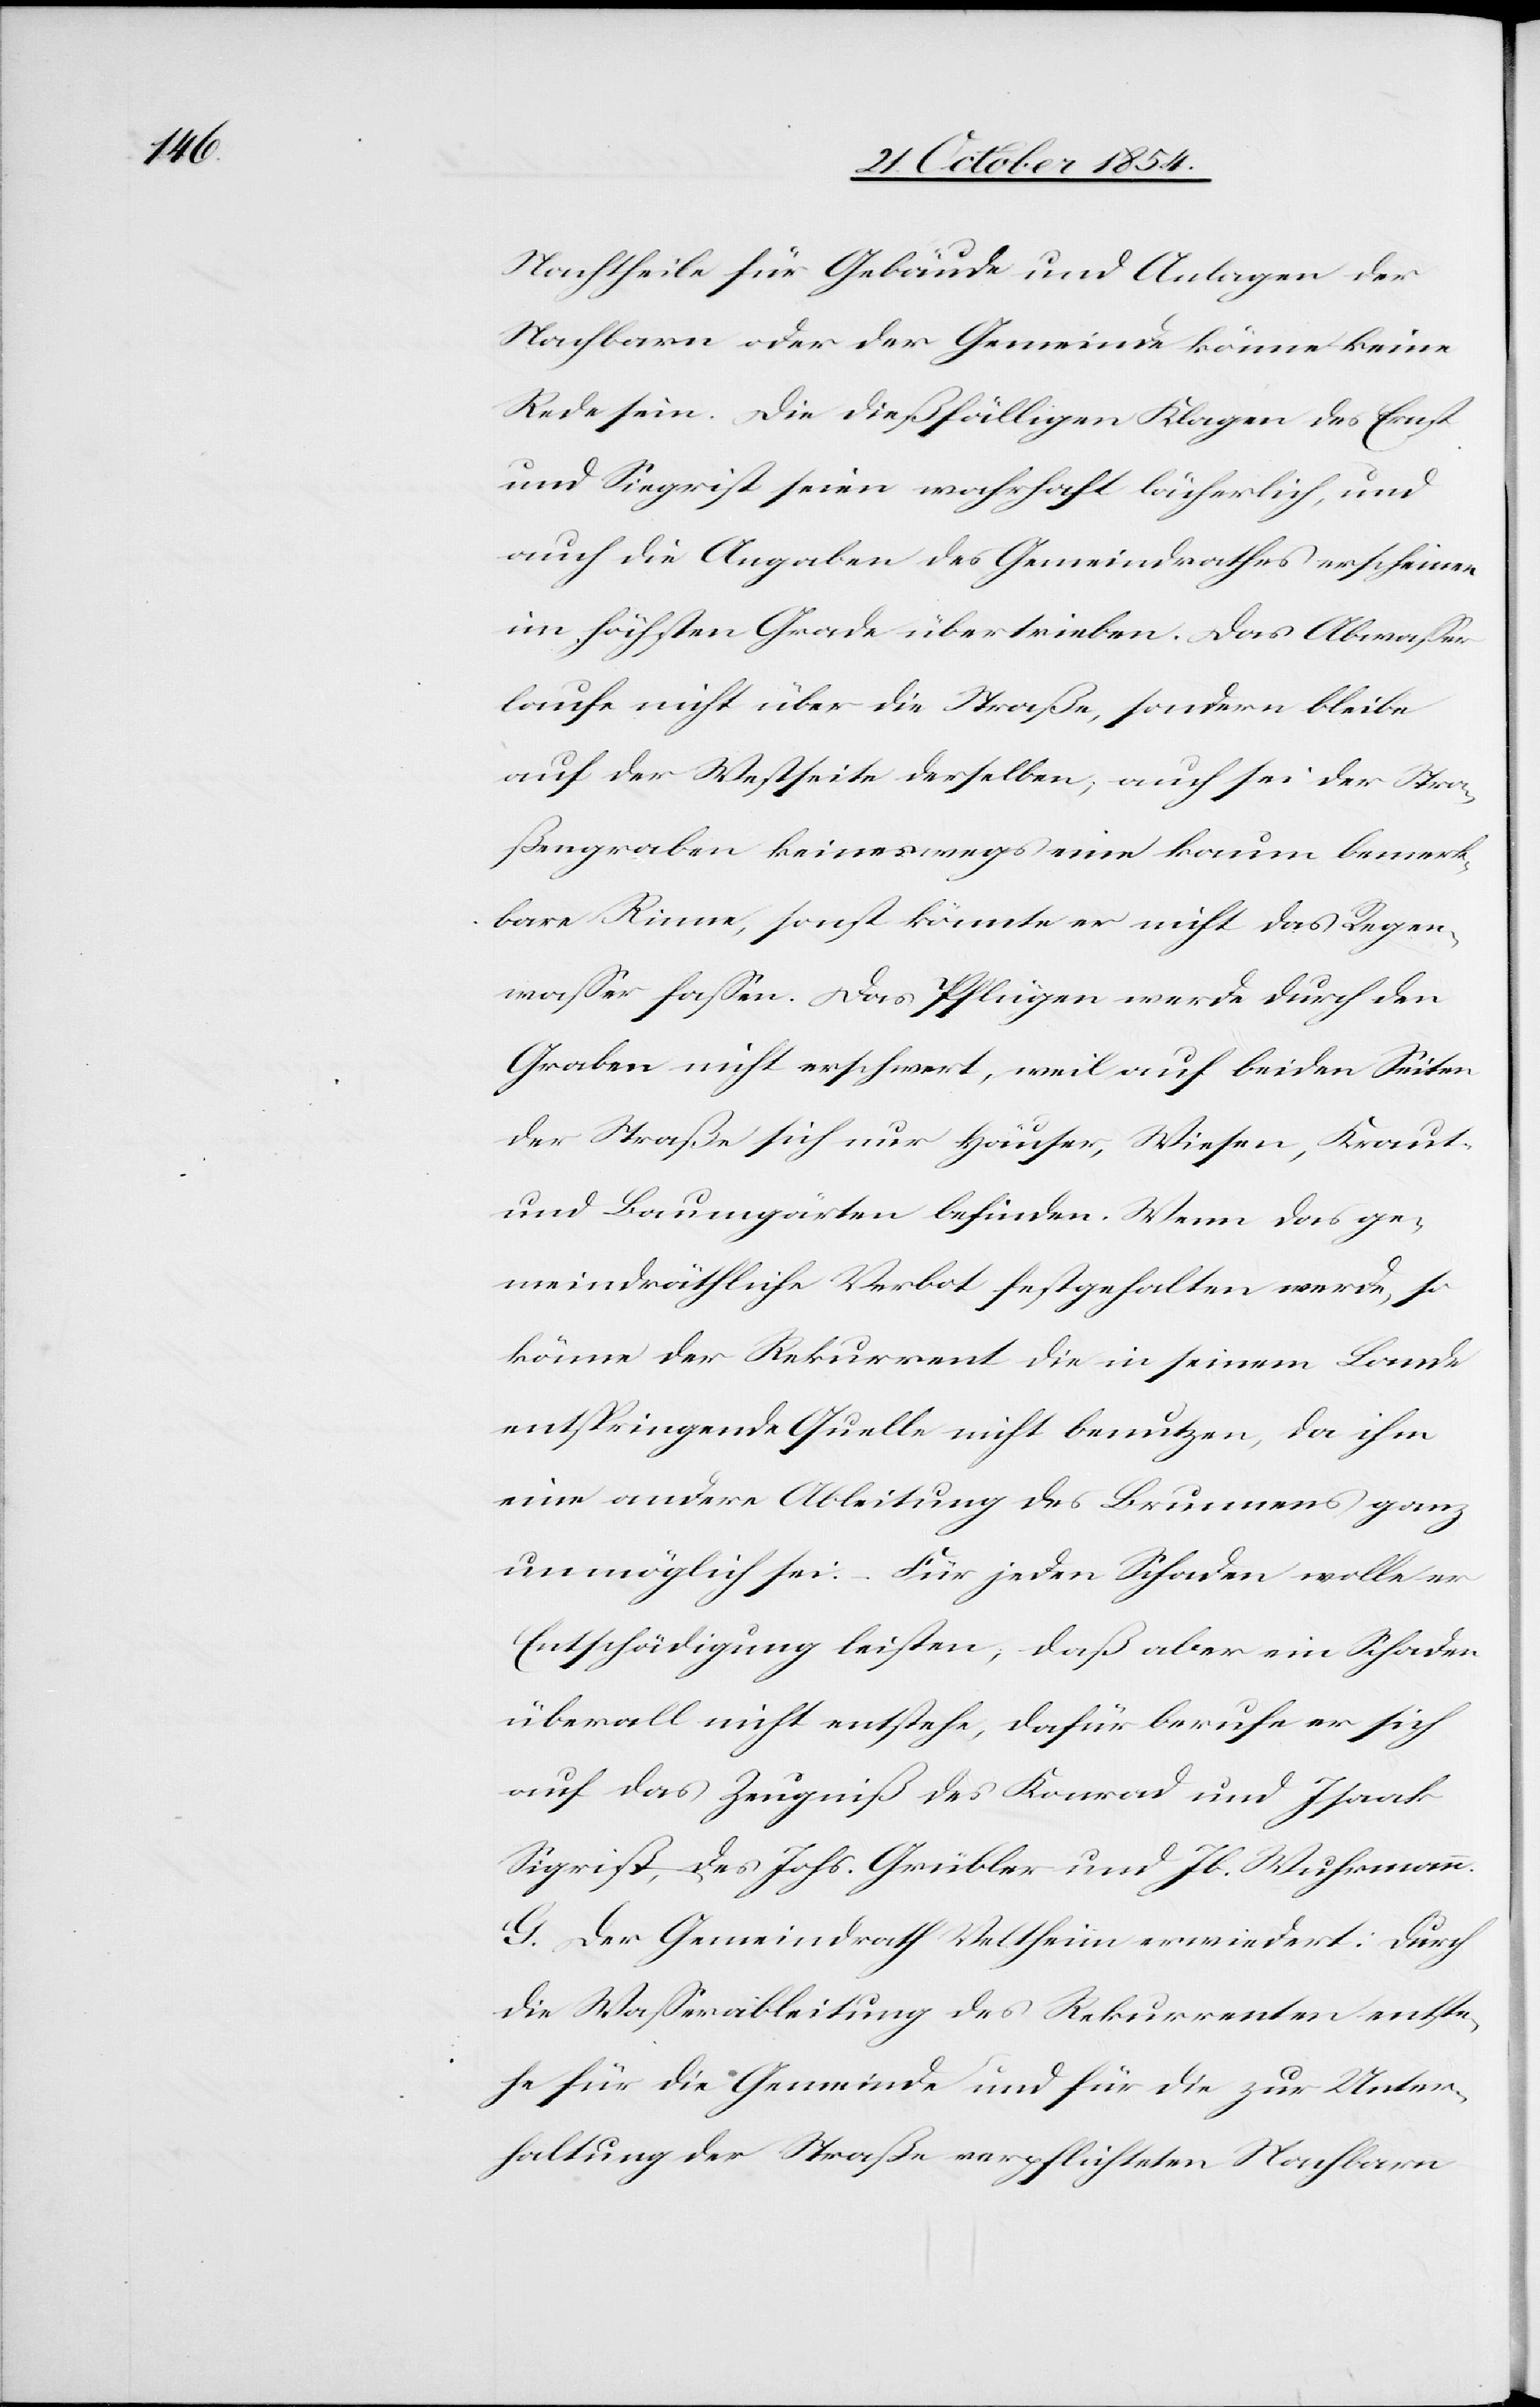
Nachtheile für Gebäude und Anlagen der
Nachbarn oder der Gemeinde könne keine
Rede sein. Die dießfälligen Klagen des Ernst
und Siegrist seien wahrhaft lächerlich, und
auch die Angaben des Gemeindrathes erscheinen
im höchsten Grade übertrieben. Das Abwaßer
laufe nicht über die Straße, sondern bleibe
auf der Westseite derselben, auch sei der Stra¬
ßengraben keineswegs eine kaum bemerk¬
bare Rinne, sonst könnte er nicht das Regen¬
waßer faßen. Das Pflügen werde durch den
Graben nicht erschwert, weil auf beiden Seiten
der Straße sich nur Häuser, Wiesen, Kraut-
und Baumgärten befinden. Wenn das ge¬
meindräthliche Verbot festgehalten werde, so
könne der Rekurrent die in seinem Lande
entspringende Quelle nicht benutzen, da ihm
eine andere Ableitung des Brunnens ganz
unmöglich sei. – Für jeden Schaden wolle er
Entschädigung leisten, daß aber ein Schaden
überall nicht entstehe, dafür berufe er sich
auf das Zeugniß des Konrad und Isaak
Sigrist, des Johs. Grübler und Jb. Wuhrmann.
G. Der Gemeindrath Veltheim erwiedert: Durch
die Waßerableitung des Rekurrenten entste¬
he für die Gemeinde und für die zur Unter¬
haltung der Straße verpflichteten Nachbarn